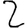
Digit: 2